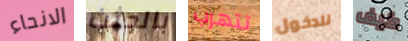
الانحاء بالجثث تتهرب للدخول كيف